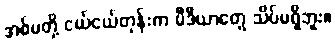
အစ်မတို့ ငယ်ငယ်တုန်းက မီဒီယာတွေ သိပ်မရှိဘူး။